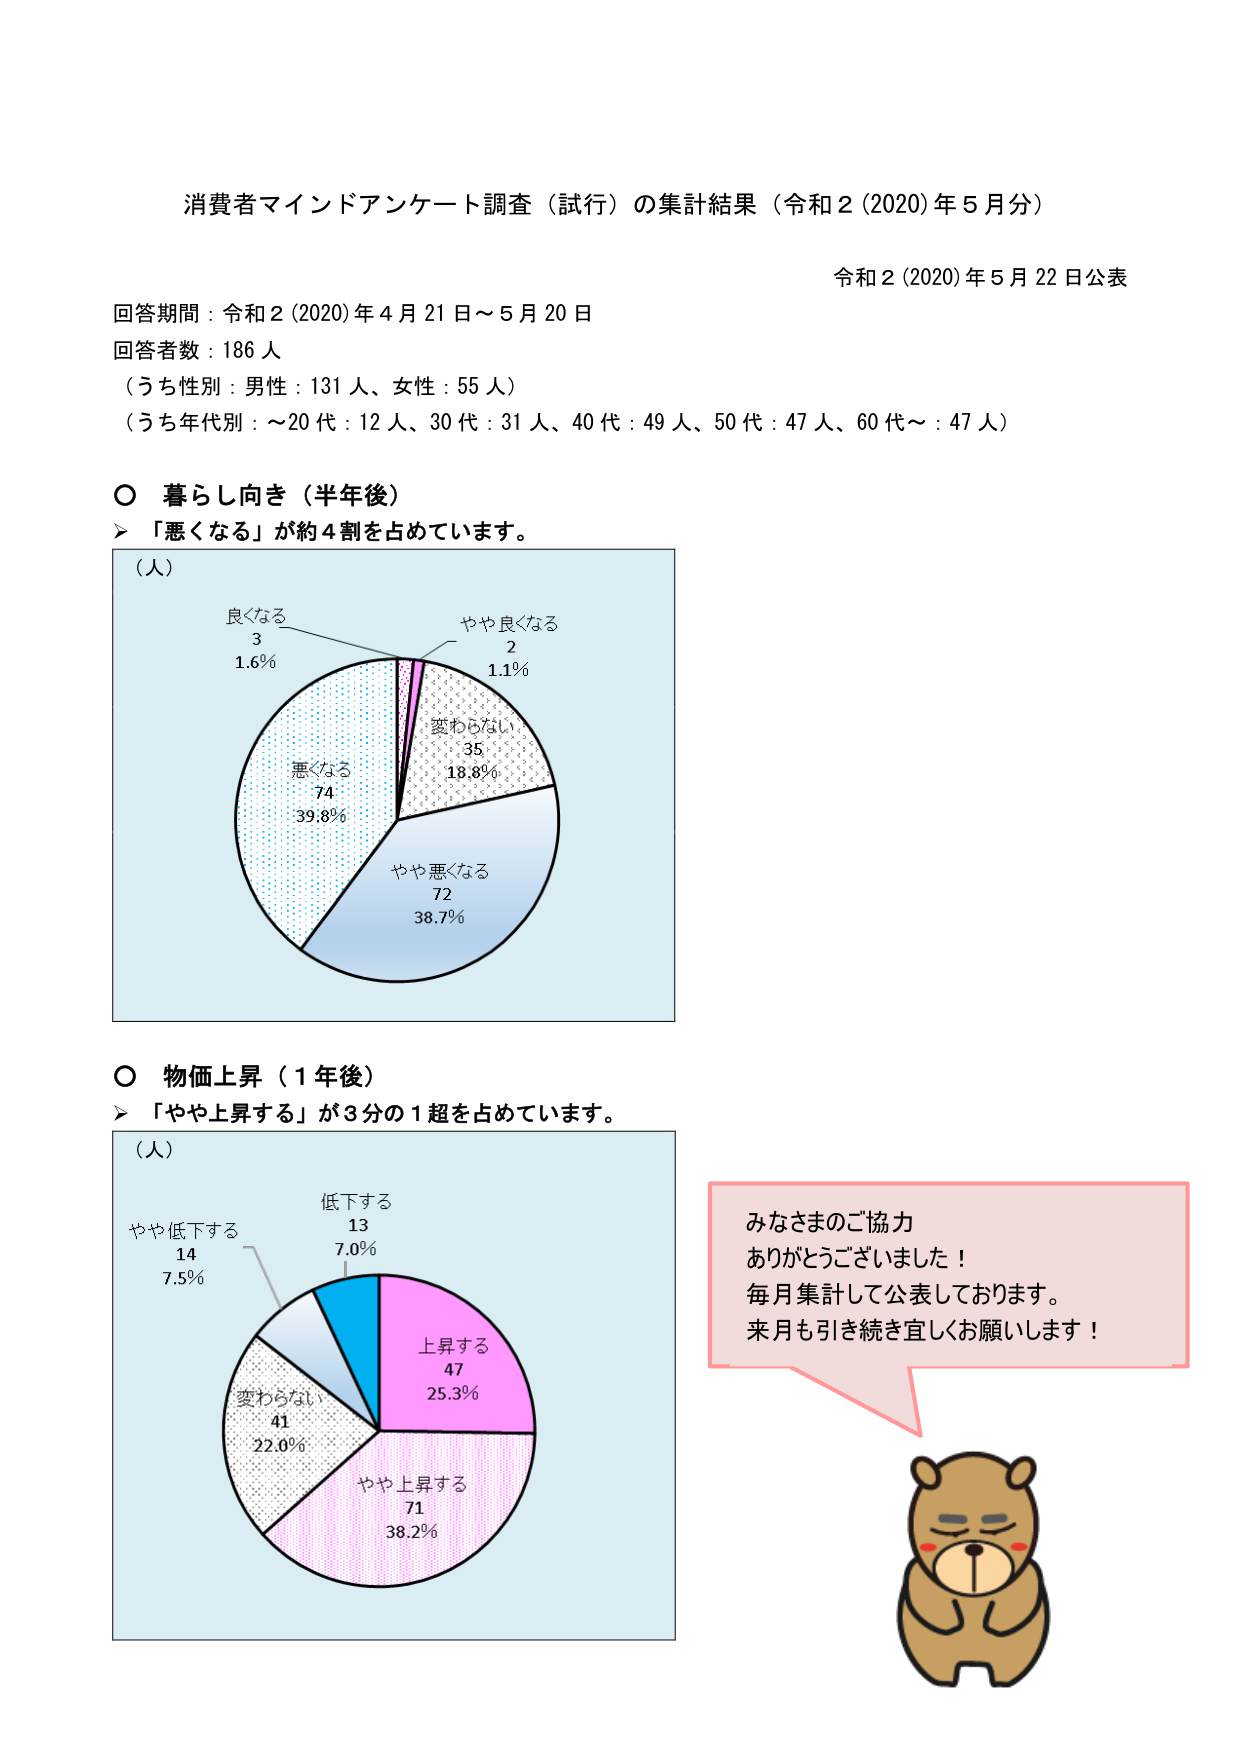
消費者マインドアンケート調査（試行）の集計結果（令和2(2020)年5月分）

令和2(2020)年5月22日公表

回答期間：令和2(2020)年4月21日～5月20日
回答者数：186人
（うち性別：男性：131人、女性：55人）
（うち年代別：～20代：12人、30代：31人、40代：49人、50代：47人、60代～：47人）

○ 暮らし向き（半年後）
➤「悪くなる」が約4割を占めています。
（人）
良くなる
3
1.6%
やや良くなる
2
1.1%
変わらない
35
18.8%
やや悪くなる
72
38.7%
悪くなる
74
39.8%

○ 物価上昇（1年後）
➤「やや上昇する」が3分の1超を占めています。
（人）
やや低下する
14
7.5%
低下する
13
7.0%
変わらない
41
22.0%
やや上昇する
71
38.2%
上昇する
47
25.3%

みなさまのご協力
ありがとうございました！
毎月集計して公表しております。
来月も引き続き宜しくお願いします！

（図の右下に描かれた熊のイラスト）